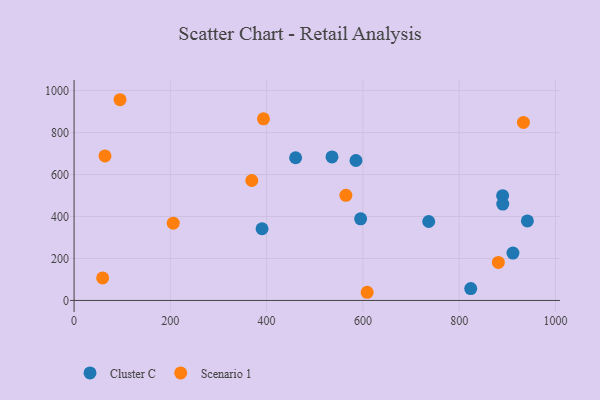
{"axis": {"x": "Investment", "y": "Fuel Efficiency"}, "legend": ["Cluster C", "Scenario 1"], "data": [{"x": "390.5", "y": 341.5, "type": "Cluster C"}, {"x": "824.0", "y": 56.4, "type": "Cluster C"}, {"x": "890.3", "y": 499.3, "type": "Cluster C"}, {"x": "460.2", "y": 680.0, "type": "Cluster C"}, {"x": "941.7", "y": 378.8, "type": "Cluster C"}, {"x": "595.3", "y": 388.8, "type": "Cluster C"}, {"x": "585.6", "y": 666.9, "type": "Cluster C"}, {"x": "736.7", "y": 376.1, "type": "Cluster C"}, {"x": "911.7", "y": 225.7, "type": "Cluster C"}, {"x": "535.8", "y": 683.7, "type": "Cluster C"}, {"x": "890.6", "y": 459.4, "type": "Cluster C"}, {"x": "59.3", "y": 107.3, "type": "Scenario 1"}, {"x": "564.7", "y": 500.9, "type": "Scenario 1"}, {"x": "608.9", "y": 38.9, "type": "Scenario 1"}, {"x": "206.0", "y": 368.2, "type": "Scenario 1"}, {"x": "881.4", "y": 181.3, "type": "Scenario 1"}, {"x": "64.2", "y": 688.6, "type": "Scenario 1"}, {"x": "95.5", "y": 956.4, "type": "Scenario 1"}, {"x": "933.5", "y": 848.1, "type": "Scenario 1"}, {"x": "369.2", "y": 571.6, "type": "Scenario 1"}, {"x": "393.5", "y": 865.4, "type": "Scenario 1"}]}